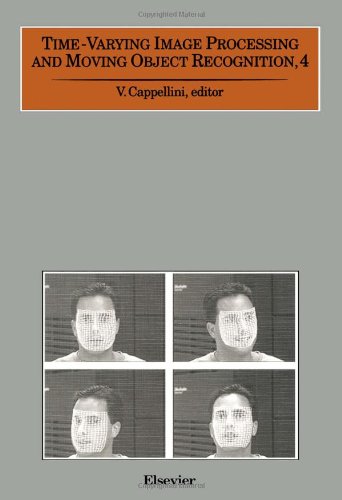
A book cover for Time-Varying Image Processing and Moving Object Recognition, 4; Computers & Technology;